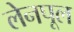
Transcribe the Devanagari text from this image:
लेनपूल